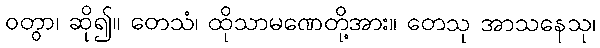
ဝတွာ၊ ဆို၍။ တေသံ၊ ထိုသာမဏေတို့အား။ တေသု အာသနေသု၊